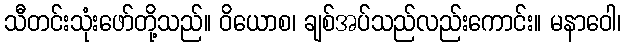
သီတင်းသုံးဖော်တို့သည်။ ဝိယောစ၊ ချစ်အပ်သည်လည်းကောင်း။ မနာဝေါ၊